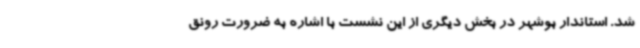
شد. استاندار بوشهر در بخش دیگری از این نشست با اشاره به ضرورت رونق